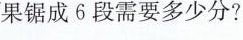
果锯成6段需要多少分?